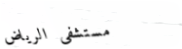
مستشفى الرياض